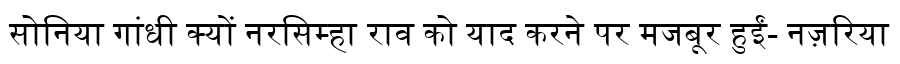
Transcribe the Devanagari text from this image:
सोनिया गांधी क्यों नरसिम्हा राव को याद करने पर मजबूर हुईं- नज़रिया